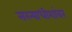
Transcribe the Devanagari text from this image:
सरन्याधीशांवर